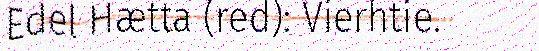
Edel Hætta (red): Vierhtie.